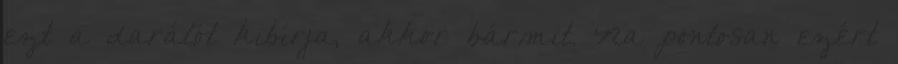
ezt a darálót kibírja, akkor bármit. Na pontosan ezért